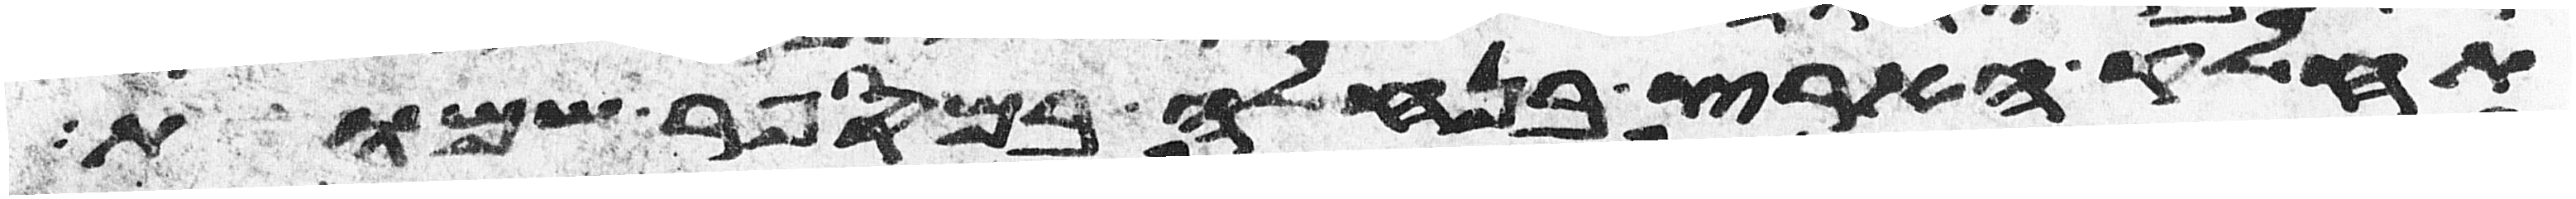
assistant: תחלק הארץ בנחלה במספר שמות